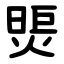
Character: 煚